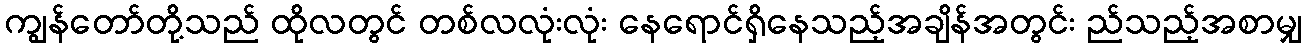
ကျွန်တော်တို့သည် ထိုလတွင် တစ်လလုံးလုံး နေရောင်ရှိနေသည့်အချိန်အတွင်း ည်သည့်အစာမျှ